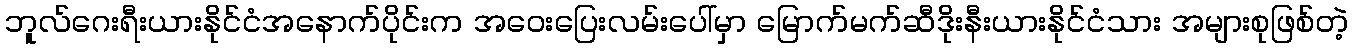
ဘူလ်ဂေးရီးယားနိုင်ငံအနောက်ပိုင်းက အဝေးပြေးလမ်းပေါ်မှာ မြောက်မက်ဆီဒိုးနီးယားနိုင်ငံသား အများစုဖြစ်တဲ့